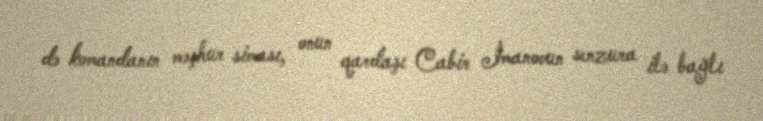
də komandanın məşhur siması, onun qardaşı Cabir İmanovun senzura ilə bağlı